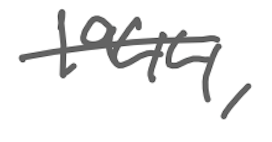
Text: 1944,
Cross-out: single-line
Writing tool: digital_gray